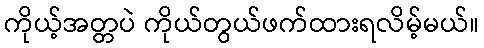
ကိုယ့်အတ္တပဲ ကိုယ်တွယ်ဖက်ထားရလိမ့်မယ်။